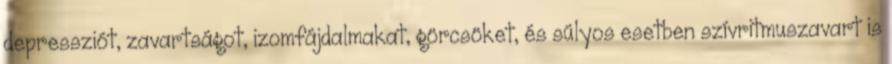
depressziót, zavartságot, izomfájdalmakat, görcsöket, és súlyos esetben szívritmuszavart is